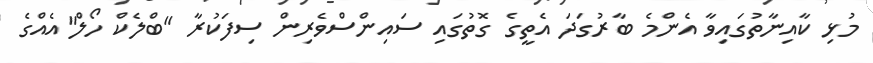
މުޅި ކާއިނާތުގައިވާ އެންމެ ބާރުގަދަ އެތީގެ ގޮތުގައި ސައިންސްވެރިން ސިފަކުރާ "ބްލެކް ހޯލް"އެއްގެ